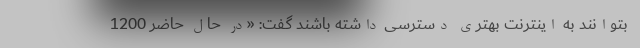
بتوانند به اینترنت بهتری دسترسی داشته باشند گفت: «در حال حاضر 1200